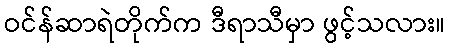
ဝင်န်ဆာရဲတိုက်က ဒီရာသီမှာ ဖွင့်သလား။